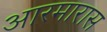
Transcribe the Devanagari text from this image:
आरमारास